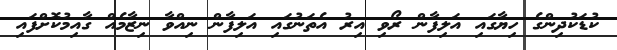
ކުޑަކުދިންގެ ހިޔާގައި އަލިފާން ރޯވި އިރު އެތަނުގައި އަލިފާން ނިއްވާ ނިޒާމެއް ގާއިމުކޮށްފައި